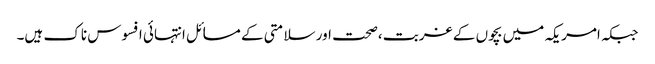
جبکہ امریکہ میں بچوں کے غربت ،صحت اور سلامتی کے مسائل انتہائی افسوس ناک ہیں۔